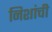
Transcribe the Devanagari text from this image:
निशांची